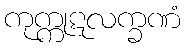
ကုက္ကုဋလက္ခဏံ